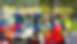
হয়রত